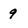
Character: 9